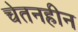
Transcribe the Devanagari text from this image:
चेतनहीन